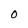
Character: O